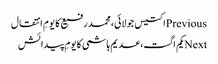
Previousاکتیس جولائی، محمد رفیع کا یومِ انتقال
Nextیکم اگست، عدیم ہاشمی کا یومِ پیدائش